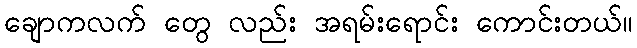
ချောကလက် တွေ လည်း အရမ်းရောင်း ကောင်းတယ်။